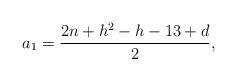
LaTeX: \begin{align*}a_1=\frac{2n+h^2-h-13+d}{2},\end{align*}